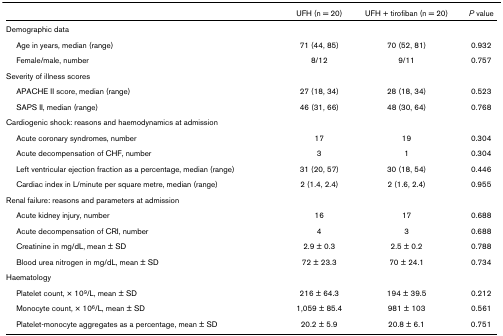
|  | UFH (n = 20) | UFH + tirofiban (n = 20) | P value |
 | --- | --- | --- | --- |
 | Demographic data |  |  |  |
 | Age in years, median (range) | 71 (44, 85) | 70 (52, 81) | 0.932 |
 | Female/male, number | 8/12 | 9/11 | 0.757 |
 | Severity of illness scores |  |  |  |
 | APACHE II score, median (range) | 27 (18, 34) | 28 (18, 34) | 0.523 |
 | SAPS II, median (range) | 46 (31, 66) | 48 (30, 64) | 0.768 |
 | Cardiogenic shock: reasons and haemodynamics at admission |  |  |  |
 | Acute coronary syndromes, number | 17 | 19 | 0.304 |
 | Acute decompensation of CHF, number | 3 | 1 | 0.304 |
 | Left ventricular ejection fraction as a percentage, median (range) | 31 (20, 57) | 30 (18, 54) | 0.446 |
 | Cardiac index in L/minute per square metre, median (range) | 2 (1.4, 2.4) | 2 (1.6, 2.4) | 0.955 |
 | Renal failure: reasons and parameters at admission |  |  |  |
 | Acute kidney injury, number | 16 | 17 | 0.688 |
 | Acute decompensation of CRI, number | 4 | 3 | 0.688 |
 | Creatinine in mg/dL, mean ± SD | 2.9 ± 0.3 | 2.5 ± 0.2 | 0.788 |
 | Blood urea nitrogen in mg/dL, mean ± SD | 72 ± 23.3 | 70 ± 24.1 | 0.734 |
 | Haematology |  |  |  |
 | Platelet count, × 109/L, mean ± SD | 216 ± 64.3 | 194 ± 39.5 | 0.212 |
 | Monocyte count, × 106/L, mean ± SD | 1,059 ± 85.4 | 981 ± 103 | 0.561 |
 | Platelet-monocyte aggregates as a percentage, mean ± SD | 20.2 ± 5.9 | 20.8 ± 6.1 | 0.751 |